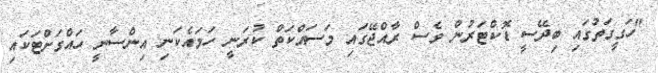
"ހަގީގަތުގައި ބިދޭސީ ޑޮކްޓަރުން ވެސް ރާއްޖޭގައި މަސައްކަތް ކުރަނީ ހަމައެކަނި އިންސާނީ ހައްގަށްޓަކައި